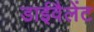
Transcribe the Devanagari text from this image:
डाईवैलेंट